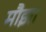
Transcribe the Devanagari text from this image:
मौझा